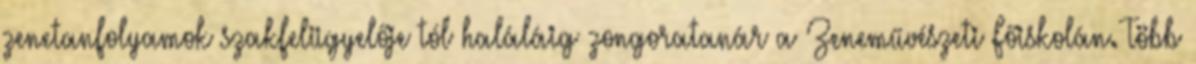
zenetanfolyamok szakfelügyelője tól haláláig zongoratanár a Zeneművészeti Főiskolán. Több